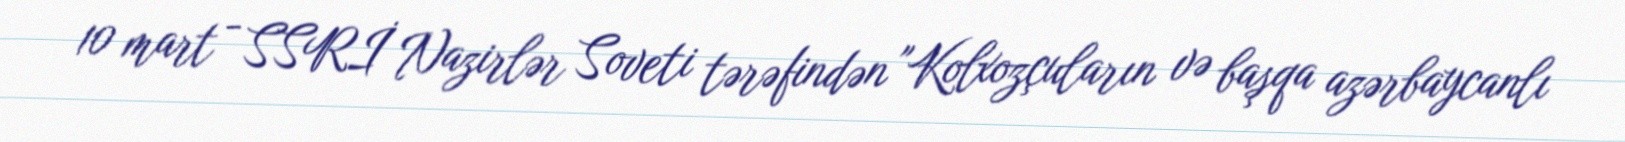
10 mart - SSRİ Nazirlər Soveti tərəfindən "Kolxozçuların və başqa azərbaycanlı